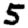
Digit: 5